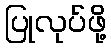
ပြုလုပ်ဖို့